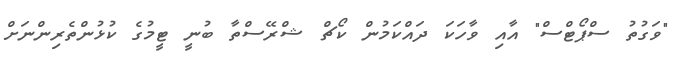
"ވަގުތު ސްޕޯޓްސް" އާއި ވާހަކަ ދައްކަމުން ކޯޗް ޝްރޭސްތާ ބުނީ ޓީމުގެ ކުޅުންތެރިންނަށް